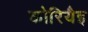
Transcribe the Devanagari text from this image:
कोरियैइ